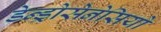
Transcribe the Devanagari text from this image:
डेन्ड्रोसेनेसियो